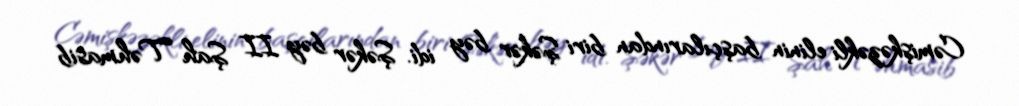
Cəmişkəzəkli elinin başçılarından biri Şəkər bəy idi. Şəkər bəy II Şah Təhmasib